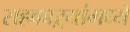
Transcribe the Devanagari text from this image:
सहकाऱ्यांमध्ये